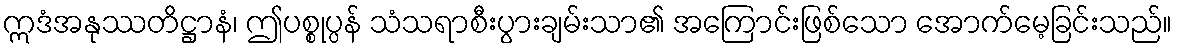
ဣဒံအနုဿတိဋ္ဌာနံ၊ ဤပစ္စုပ္ပန် သံသရာစီးပွားချမ်းသာ၏ အကြောင်းဖြစ်သော အောက်မေ့ခြင်းသည်။